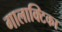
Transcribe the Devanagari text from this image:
गालाक्टिका